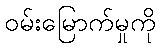
ဝမ်းမြောက်မှုကို